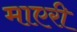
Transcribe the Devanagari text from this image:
माएरी